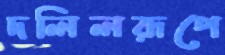
দলিলরূপে